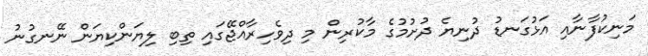
މަނިކުފާނާއި އަޅުގަނޑު ދުނިޔެ ދުށުމުގެ މާކުރިން މި ދިވެހިރާއްޖޭގައި ތިބި ލިޔަންކިޔަން ނޭނގުނު